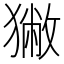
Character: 獙